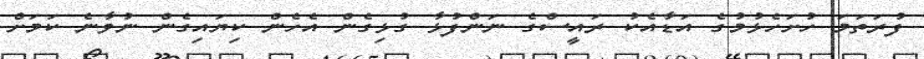
ފުރަތަމަ ހުށަހެޅުމުގެ އަޑާއެކު ރައީސްގެ ނަންފުޅާ ގުޅިގެން އެހެން ކިޔައިގެން ނުވާނެ ކަމަށް